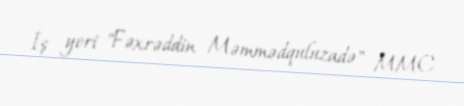
İş yeri "Fəxrəddin Məmmədquluzadə" MMC